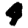
Digit: 4